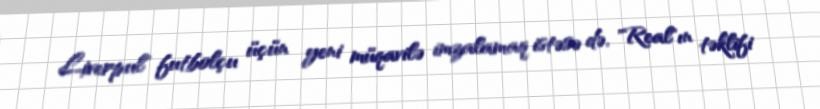
Liverpul" futbolçu üçün yeni müqavilə imzalamaq istəsə də, "Real"ın təklifi